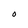
Character: O